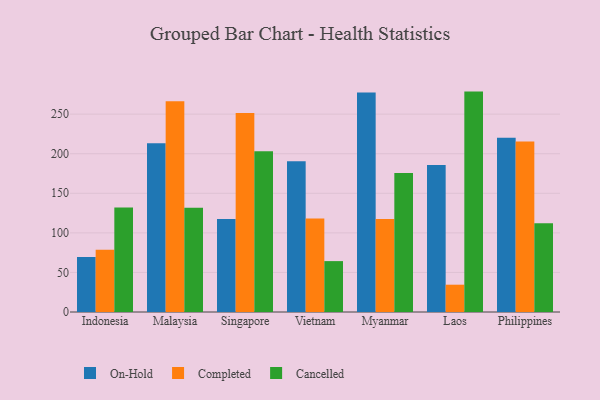
{"axis": {"x": "Country", "y": "Conversion Rate (%)"}, "legend": ["Cancelled", "Completed", "On-Hold"], "data": [{"x": "Indonesia", "y": 69.5, "type": "On-Hold"}, {"x": "Indonesia", "y": 78.7, "type": "Completed"}, {"x": "Indonesia", "y": 132.1, "type": "Cancelled"}, {"x": "Malaysia", "y": 213.2, "type": "On-Hold"}, {"x": "Malaysia", "y": 266.2, "type": "Completed"}, {"x": "Malaysia", "y": 131.6, "type": "Cancelled"}, {"x": "Singapore", "y": 117.6, "type": "On-Hold"}, {"x": "Singapore", "y": 251.6, "type": "Completed"}, {"x": "Singapore", "y": 203.0, "type": "Cancelled"}, {"x": "Vietnam", "y": 190.6, "type": "On-Hold"}, {"x": "Vietnam", "y": 118.2, "type": "Completed"}, {"x": "Vietnam", "y": 64.3, "type": "Cancelled"}, {"x": "Myanmar", "y": 277.4, "type": "On-Hold"}, {"x": "Myanmar", "y": 117.4, "type": "Completed"}, {"x": "Myanmar", "y": 175.5, "type": "Cancelled"}, {"x": "Laos", "y": 185.7, "type": "On-Hold"}, {"x": "Laos", "y": 34.5, "type": "Completed"}, {"x": "Laos", "y": 278.5, "type": "Cancelled"}, {"x": "Philippines", "y": 220.1, "type": "On-Hold"}, {"x": "Philippines", "y": 215.5, "type": "Completed"}, {"x": "Philippines", "y": 112.0, "type": "Cancelled"}]}